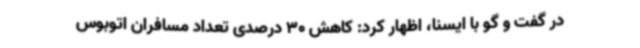
در گفت و گو با ایسنا، اظهار کرد: کاهش 30 درصدی تعداد مسافران اتوبوس